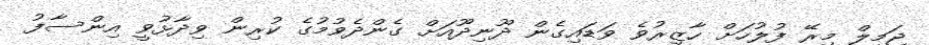
ޖަމީލް މިރޭ ފުލުހަށް ހާޒިރުވެ ވަޑައިގެން ދޫނިދޫއަށް ގެންދެވުމުގެ ކުރިން ވިދާޅުވީ އިންސާފު